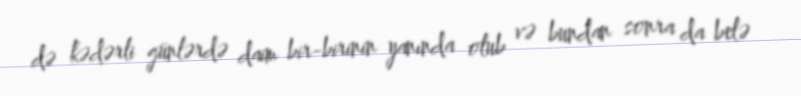
də kədərli günlərdə daim bir-birinin yanında olub və bundan sonra da belə